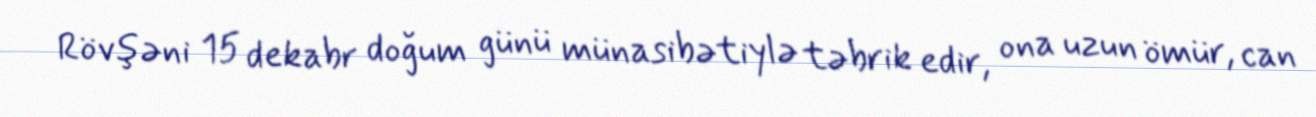
Rövşəni 15 dekabr doğum günü münasibətiylə təbrik edir, ona uzun ömür, can